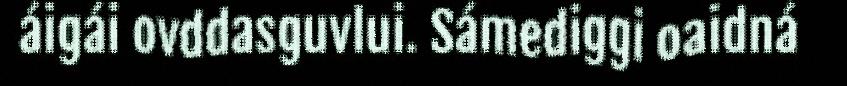
áigái ovddasguvlui. Sámediggi oaidná